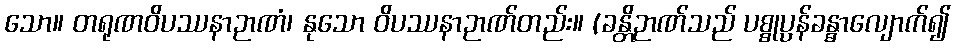
သော။ တရုဏဝိပဿနာဉာဏံ၊ နုသော ဝိပဿနာဉာဏ်တည်း။ (ခန္တိဉာဏ်သည် ပစ္စုပ္ပန်ခန္ဓာလျောက်၍